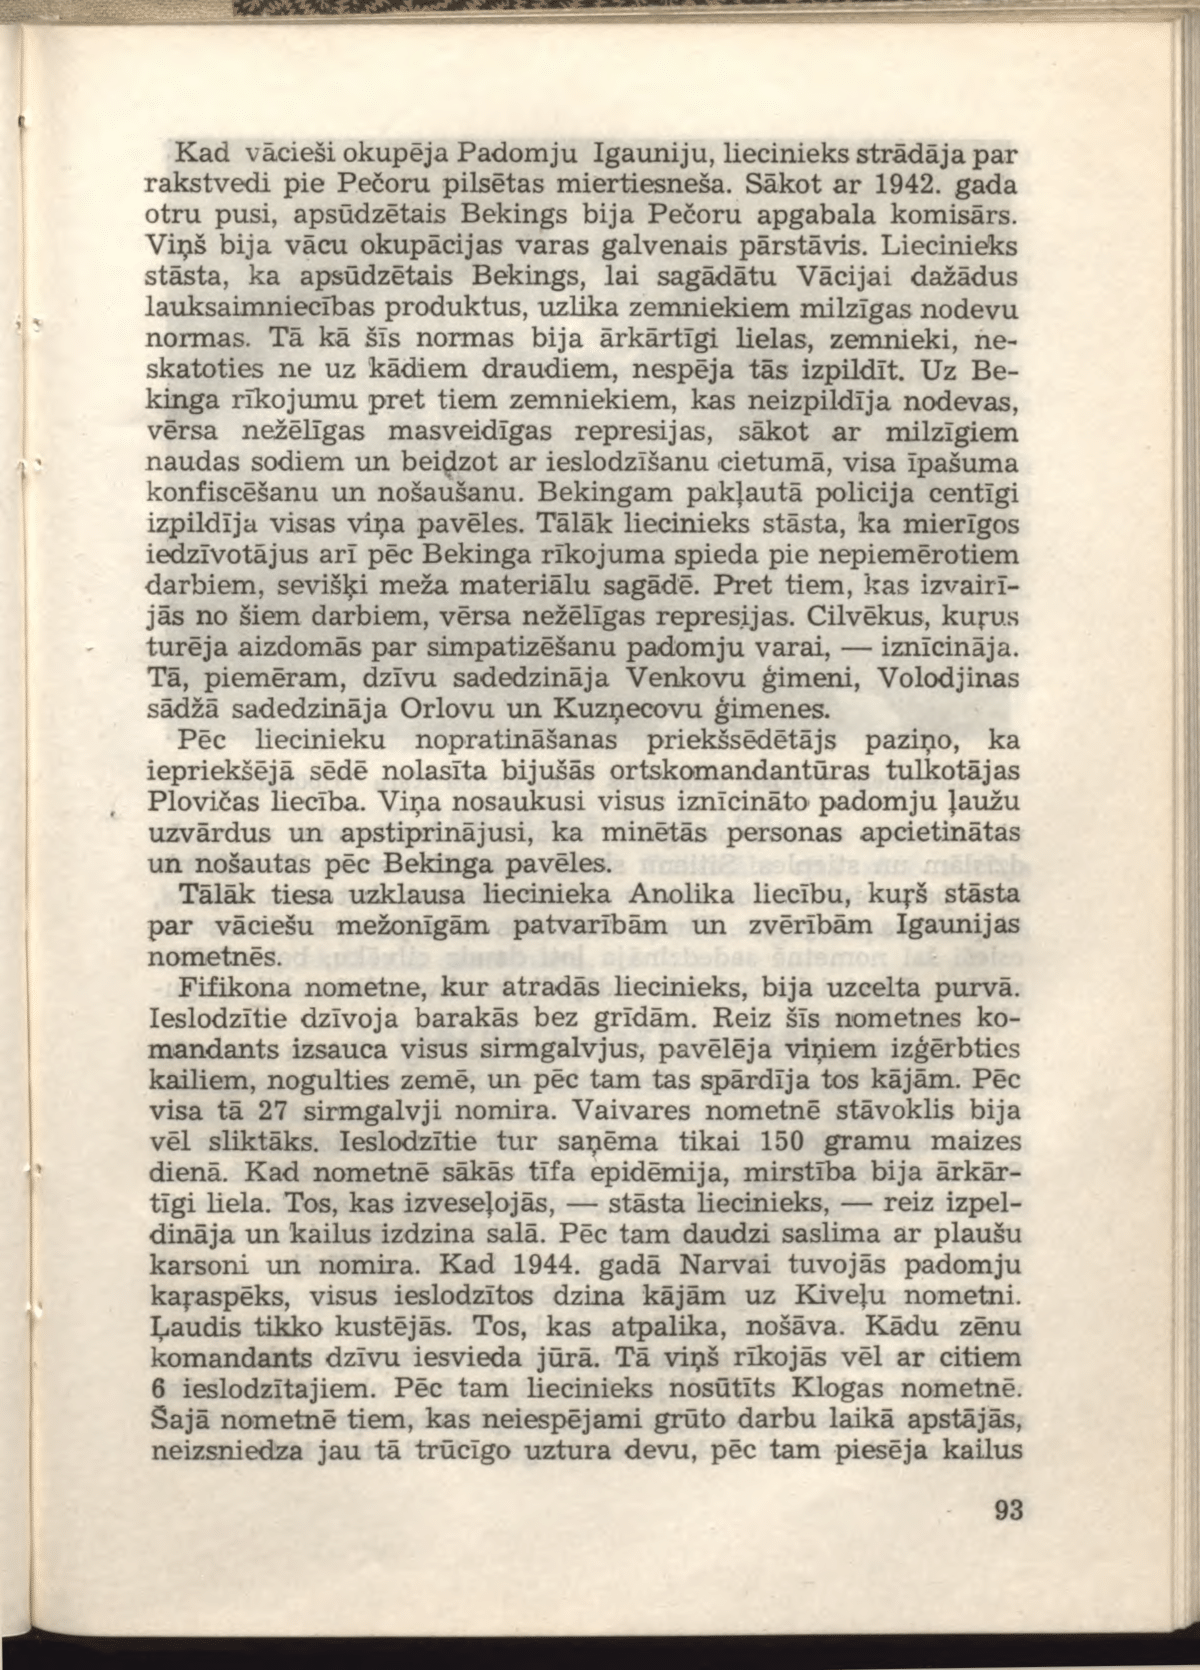
Language: lv